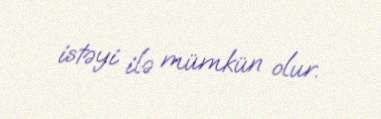
istəyi ilə mümkün olur.